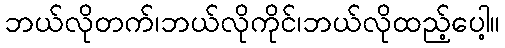
ဘယ်လိုတက်၊ဘယ်လိုကိုင်၊ဘယ်လိုထည့်ပေါ့။